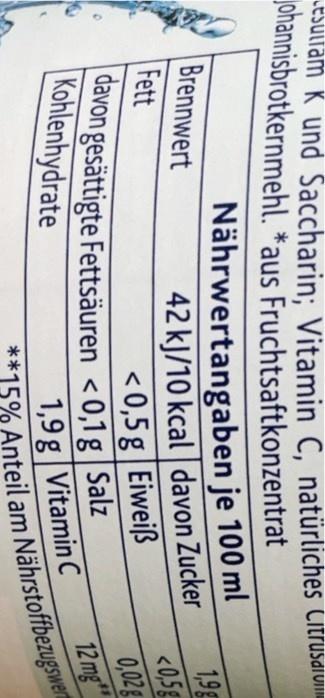
ESuliam K und Saccharin: Vitamin C. natürliches Citrusaiuim johannisbrotkernmehl. *aus Fruchtsaftkonzentrat
Nährwertangaben je 100 ml 1,9g 42 kJ/10 kcal davon Zucker <0,5g
Brennwert
Fett
< 0,5 g|Eiweiß |davon gesättigte Fettsäuren < 0,1g|Salz
0,02g 12 mg
Kohlenhydrate
1,9 g|Vitamin C **15% Anteil am Nährstoffbezugsier